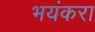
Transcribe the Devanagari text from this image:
भयंकरा